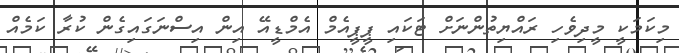
މިކަމަކީ މީދިވެހި ރައްޔިތުންނަށް ޓަކައި ޕީޕީއެމް އެމްޑީއޭ އިން އިސްނަގައިގެން ކުރާ ކަމެއް